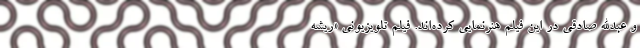
و عبدالله صادقی در این فیلم هنرنمایی کرده‌اند. فیلم تلویزیونی «ریشه